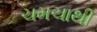
ચમચાથી